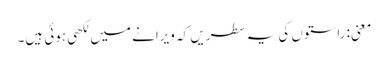
معنی: راستوں کی یہ سطریں کہ ویرانے میں لکھی ہوئی ہیں۔